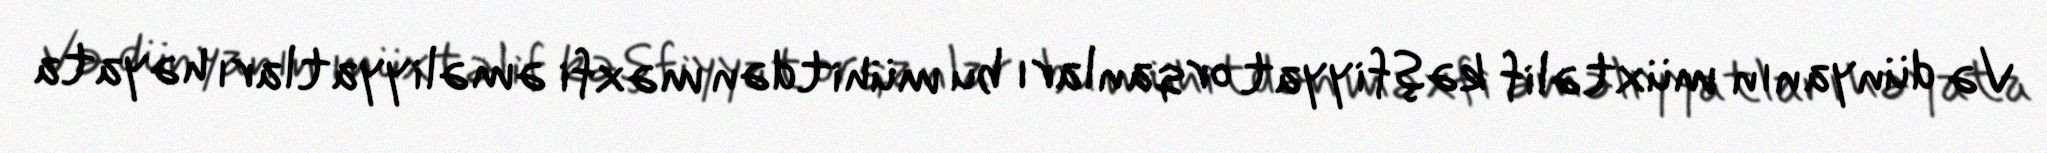
Və dünyanın müxtəlif kəşfiyyat orqanları bu mühitdən məxfi əməliyyatları həyata